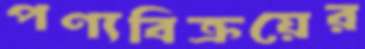
পণ্যবিক্রয়ের